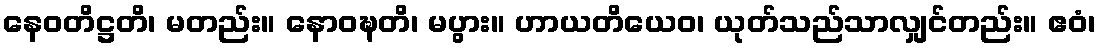
နေဝတိဋ္ဌတိ၊ မတည်း။ နောဝဍ္ဎတိ၊ မပွား။ ဟာယတိယေဝ၊ ယုတ်သည်သာလျှင်တည်း။ ဧဝံ၊